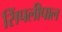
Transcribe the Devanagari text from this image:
सिंपलीपाल